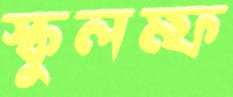
স্কুলম্ফ